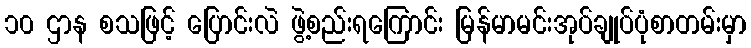
၁၀ ဌာန စသဖြင့် ပြောင်းလဲ ဖွဲ့စည်းရကြောင်း မြန်မာမင်းအုပ်ချုပ်ပုံစာတမ်းမှာ